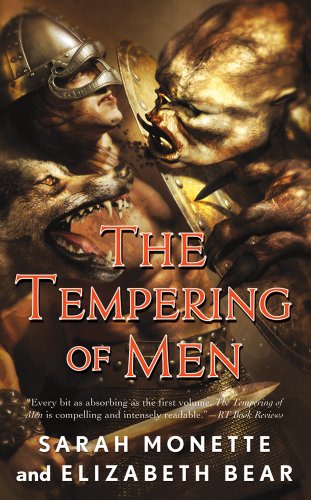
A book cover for The Tempering of Men (Iskryne); Elizabeth Bear; Romance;